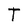
Character: T